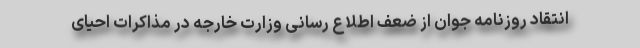
انتقاد روزنامه جوان از ضعف اطلاع رسانی وزارت خارجه در مذاکرات احیای